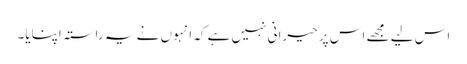
اس لیے مجھے اس پر حیرانی نہیں ہے کہ انہوں نے یہ راستہ اپنایا۔